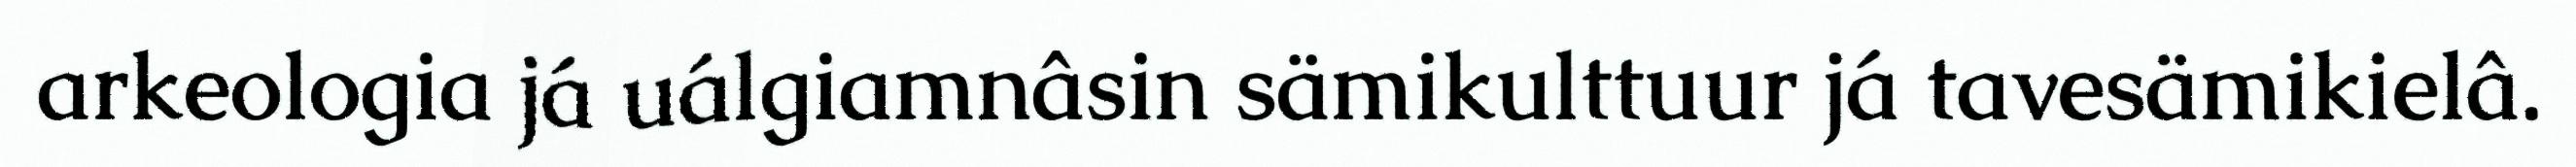
arkeologia já uálgiamnâsin sämikulttuur já tavesämikielâ.